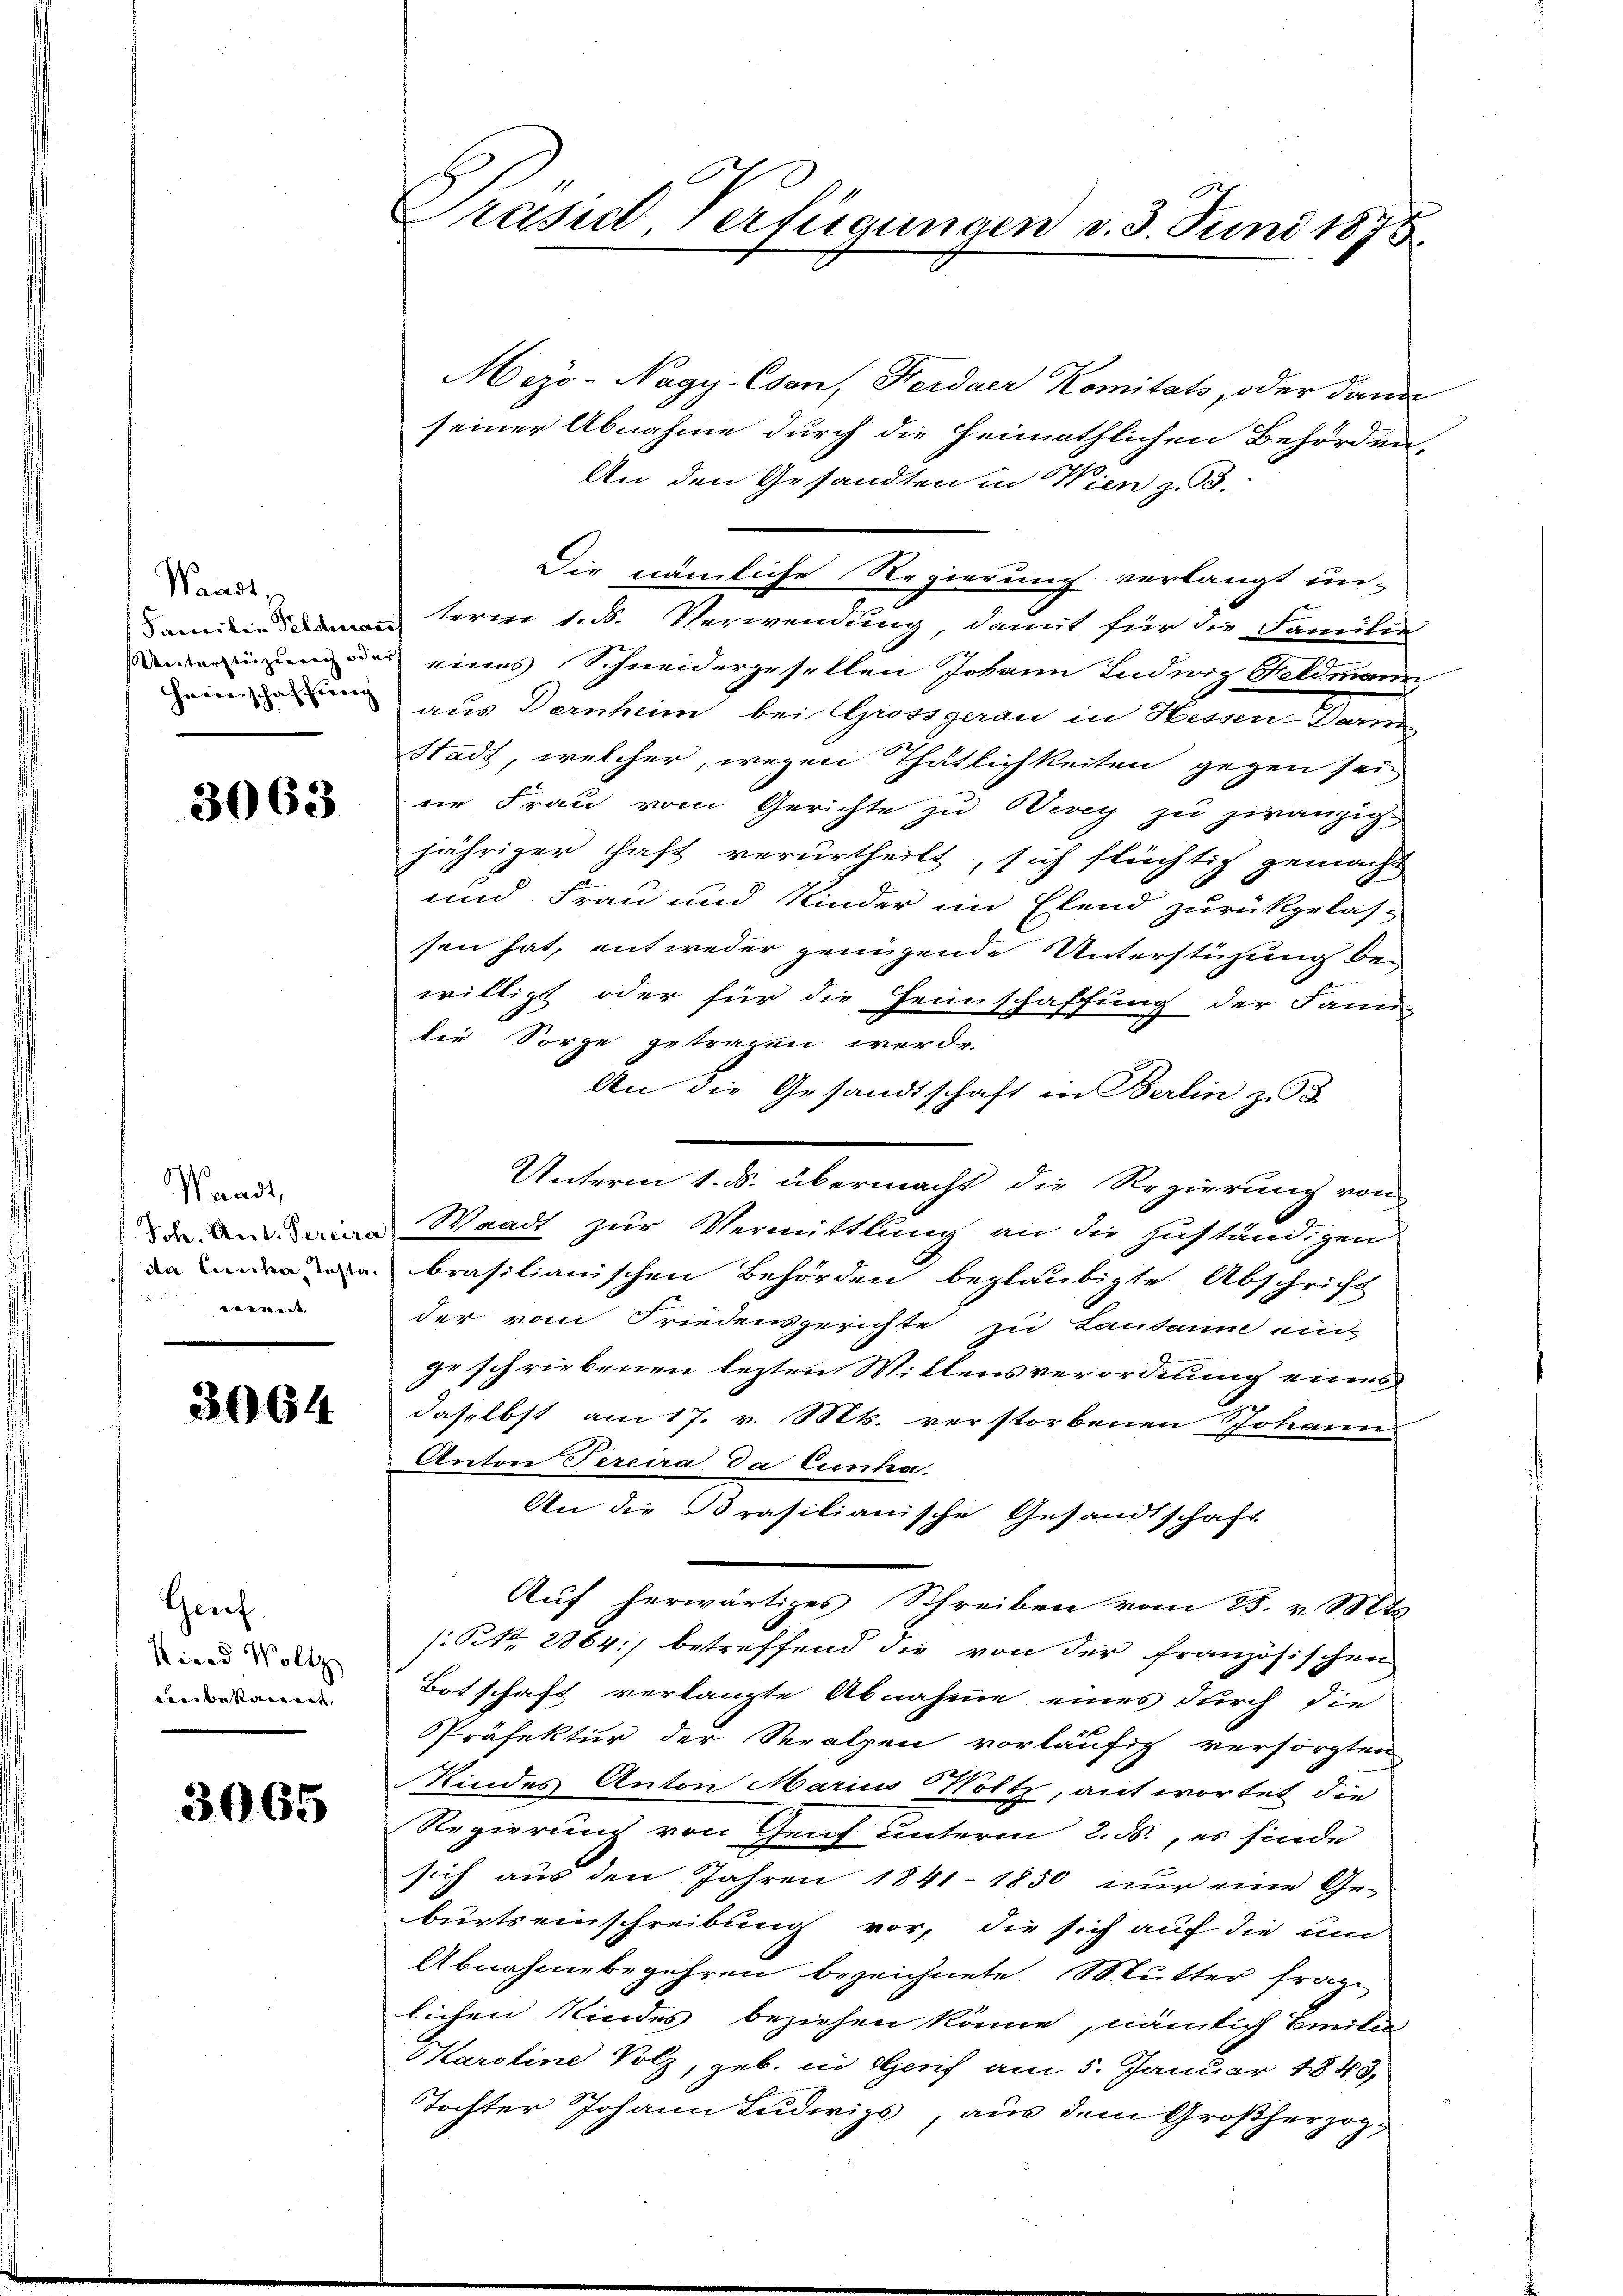
Waadt,

3063

Waadt,

werde |

3064

Genf.
Kind Woltz
nbekannt, |

3065

Prasil Verfügungen v. 3. Juni 1875.

Meys-Nagy-Csen, Herdaer Komitats, oder dann
seiner Abnahme durch die Heimathlichen Behörden,
An den Gesandten in Wien z. B.
Die nämliche Regierung verlangt un-
aministerne 1. B. Verwendung, damit für die Familie
werinne das eines Schneidergesellen Johann Ludwig Geldmann
einden aus Dernheim, bei Gwosgaran in Herrn Dan
Stadt, welcher, wegen Thätlichkeiten gegen sei
ne Frau vom Gerichte zu Werey zu zwanzig
jähriger Haft verurtheilt, sich flüchtig gemacht
und Frau und Kinder im Elend zurückgelas-
sen hat, entweder genügende Unterstüzung bewilligt oder für die Heimschaffung der Janei-
die Sorge getragen werde.
An die Gesandtschaft in Berlin zu d
Unterm 12. abermacht die Regierung ein
d Dein Waadt zur Vermittlung an die zuständigen
abrasilianischen Behörden beglaubigte Abschrift
der vom Friedensgerichte zu Lausanne ein-
ge schriebenen lezten Mittensverordnung eines
daselbst am 17. v. Mts. verstorbenen Johann
Anton Percira Da Einha
An die Prasilianische Gesandtschaft
Auf herwärtiges Schreiben vom 25. v. Mts.
(: St. 2864) betreffend die von der französischen
Botschaft verlangte Abnahme eines durch die
Präfektur der Seralpen vorläufig versorgten
Kindes Anton Marius Volk, antwortet die
Regierung von Genf unterm 2. ds., es finde
sich aus den Jahren 1841-1850 nur eine Ge-
burtseinschreibung vor, die sich auf die und
Abnahmebegehren bezeichnete Mutter frage
lichen Kindes beziehen könne, nämlich Emilie
Karoline Volz, geb. in Genf am 5. Januar 1843,
Tochter Johann Ludwigs, aus dem Großherzog¬